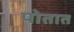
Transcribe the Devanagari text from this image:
पोतात